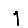
Digit: 1